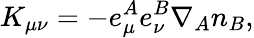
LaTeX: K_{\mu\nu}=-e_{\mu}^{A}e_{\nu}^{B}\nabla_{A}n_{B},